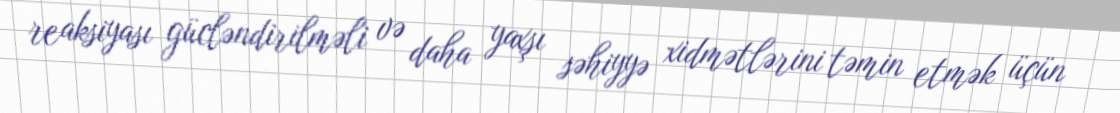
reaksiyası gücləndirilməli və daha yaxşı səhiyyə xidmətlərini təmin etmək üçün